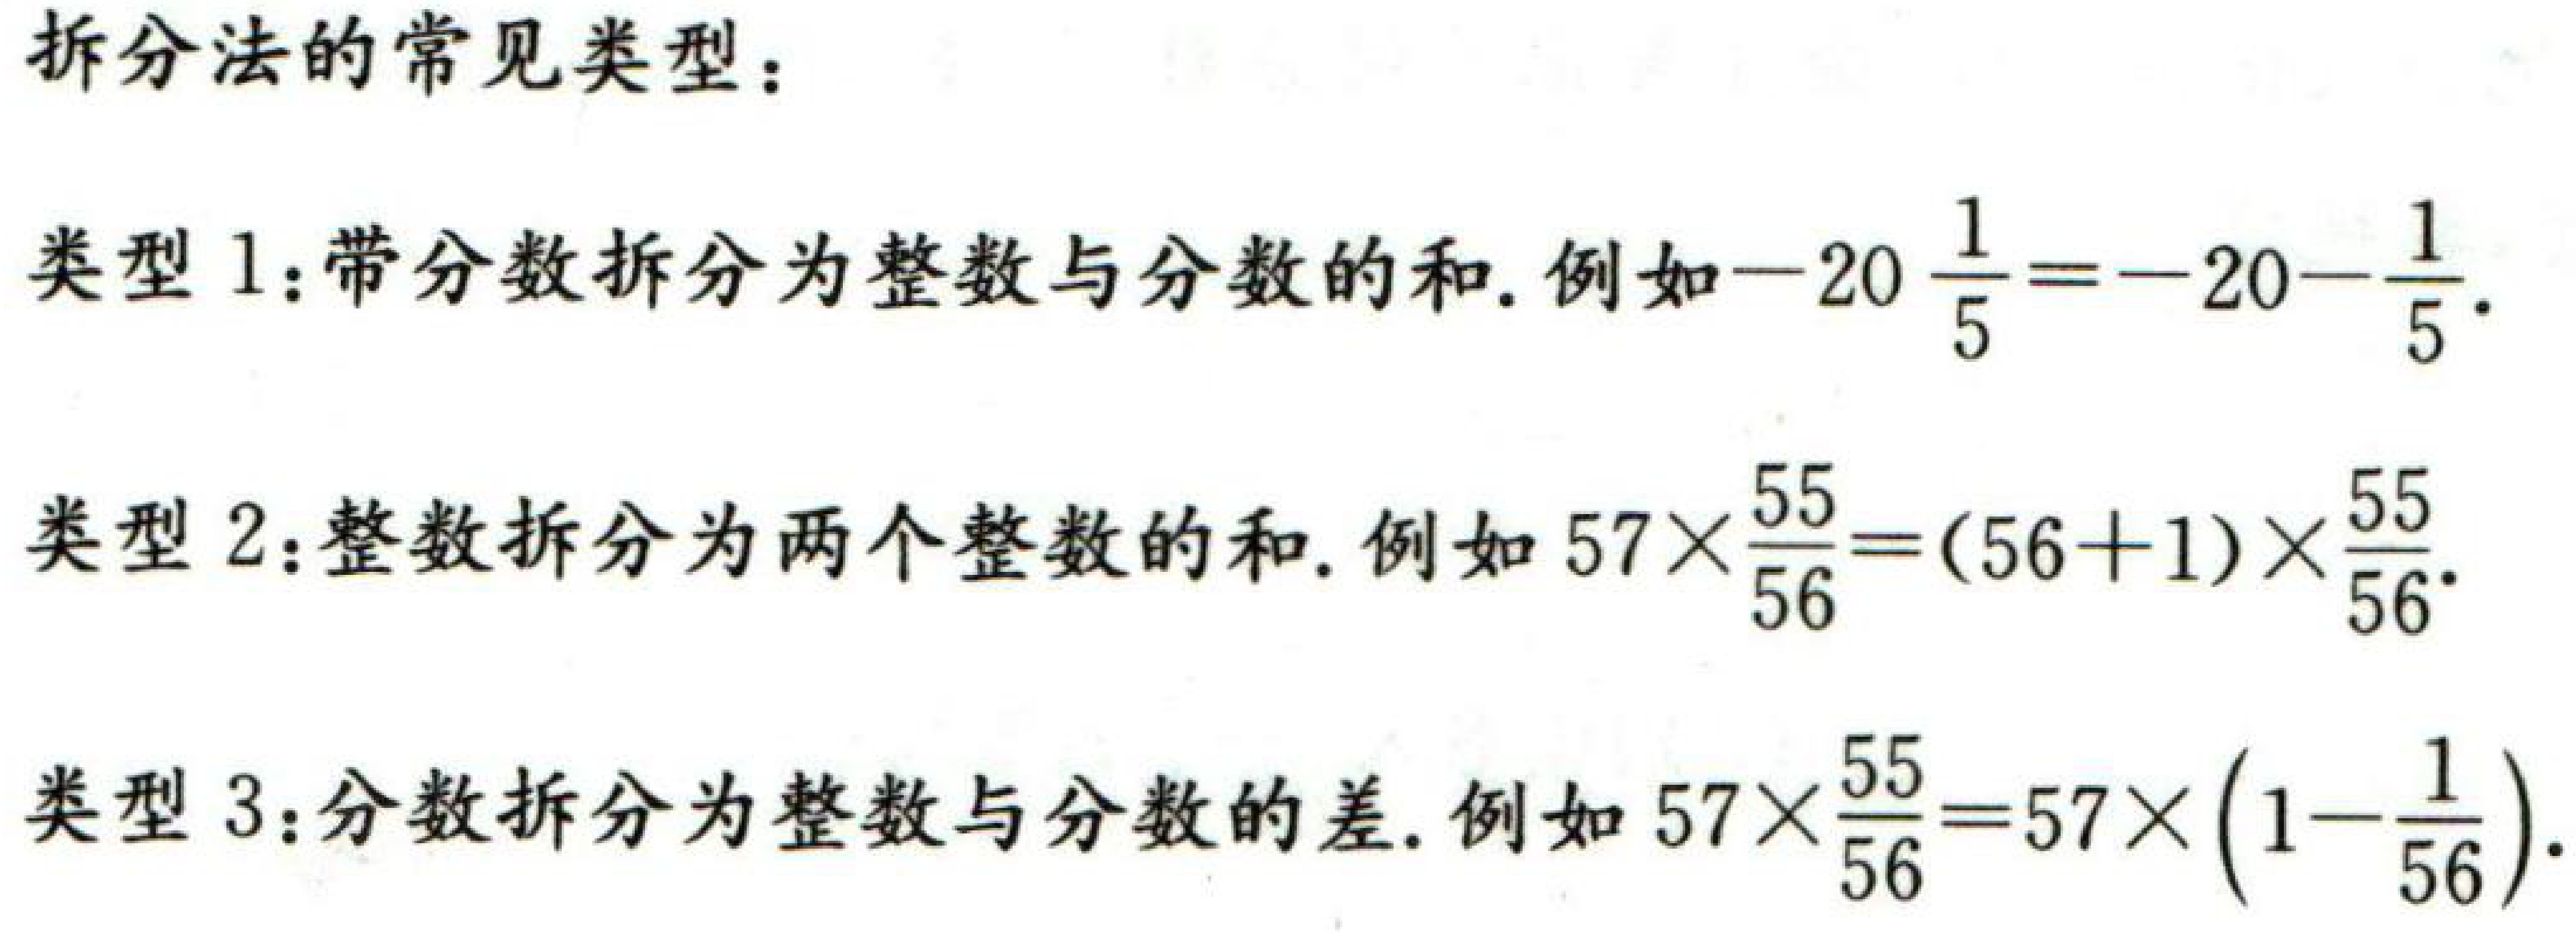
拆分法的常见类型：
类型 1：带分数拆分为整数与分数的和. 例如\(-20\frac{1}{5} = -20 - \frac{1}{5}\).
类型 2：整数拆分为两个整数的和. 例如\(57\times\frac{55}{56}=(56 + 1)\times\frac{55}{56}\).
类型 3：分数拆分为整数与分数的差. 例如\(57\times\frac{55}{56}=57\times(1 - \frac{1}{56})\).